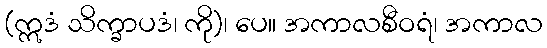
(ဣဒံ သိက္ခာပဒံ၊ ကို)၊ ပေ။ အကာလစီဝရံ၊ အကာလ